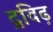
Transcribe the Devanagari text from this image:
द्रविढ़